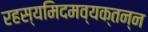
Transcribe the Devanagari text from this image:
रहस्यमिदमव्यक्तन्न